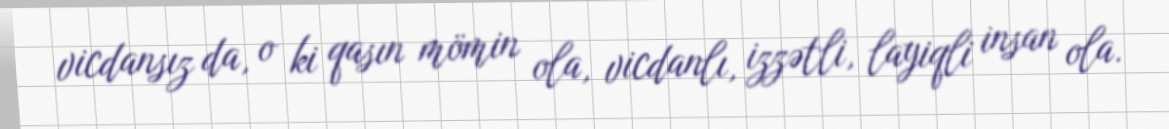
vicdansız da, o ki qasın mömin ola, vicdanlı, izzətli, layiqli insan ola.